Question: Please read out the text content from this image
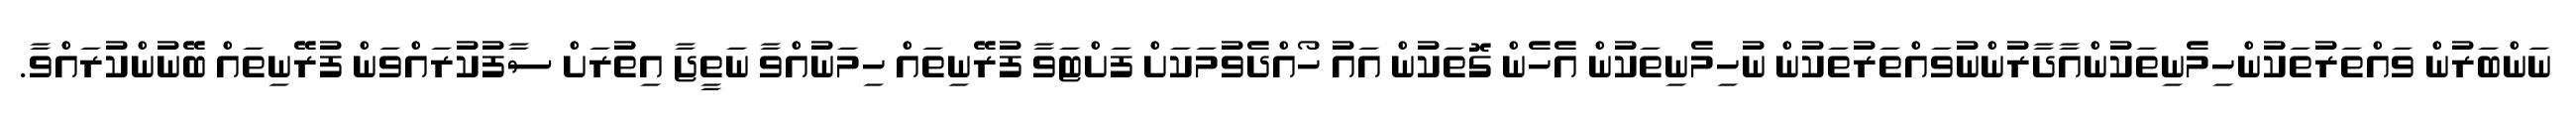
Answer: ނަންބަރުން ވައްތަރުތަކުންހިމެނިތަކުންއާދާރުންނުވައްތަރުތަކުން ނުހިމެނިތަކުން އެހެން ގޮތަކުން އައު ހޯއްދެވުމަކަށް ފަށްޓަވާ ފުރޭނިތައް ހިމަނުއްވާ ނަތީޖާ އިތުރަށް ސާފުކުރައްވަން ފުރޭނިތައް ބޭނުންކުރައްވާ.